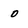
Character: 0